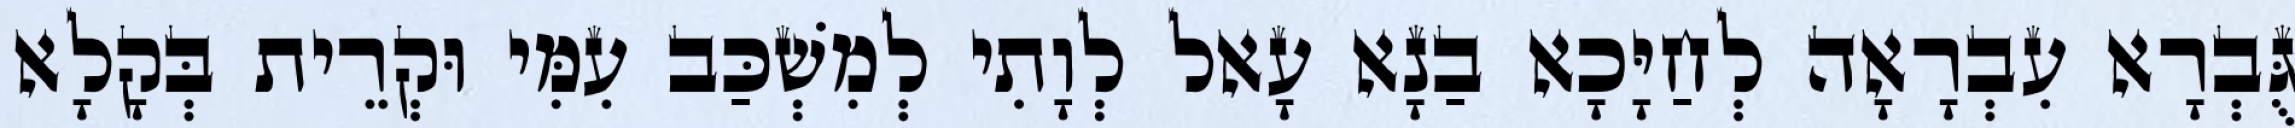
גֻּבְרָא עִבְרָאָה לְחַיָּכָא בַנָא עָאל לְוָתִי לְמִשְׁכַּב עִמִּי וּקְרֵית בְּקָלָא